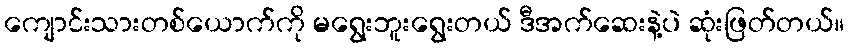
ကျောင်းသားတစ်ယောက်ကို မရွေးဘူးရွေးတယ် ဒီအက်ဆေးနဲ့ပဲ ဆုံးဖြတ်တယ်။